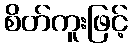
စိတ်ကူးဖြင့်